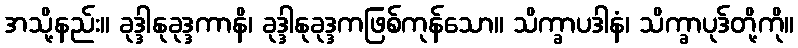
အသို့နည်း။ ခုဒ္ဒါနုခုဒ္ဒကာနိ၊ ခုဒ္ဒါနုခုဒ္ဒကဖြစ်ကုန်သော။ သိက္ခာပဒါနံ၊ သိက္ခာပုဒ်တို့ကို။